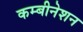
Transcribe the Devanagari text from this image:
कम्बीनेशन